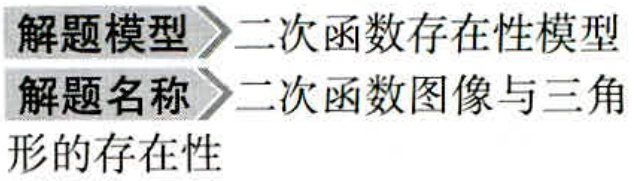
\begin{enumerate}
\item 解题模型$\to$二次函数存在性模型
\item 解题名称$\to$二次函数图像与三角形的存在性
\end{enumerate}